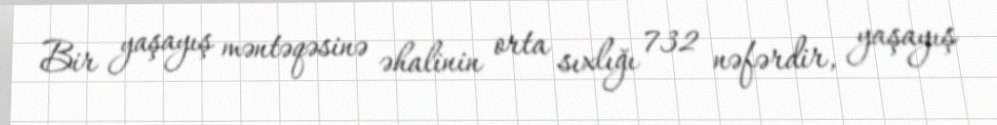
Bir yaşayış məntəqəsinə əhalinin orta sıxlığı 732 nəfərdir, yaşayış